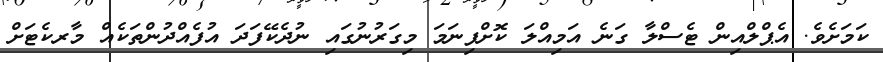
ކަމަށެވެ. އެޕްލްއިން ޓެސްލާ ގަނެ އަމިއްލަ ކޮށްފިނަމަ މިގަރުނުގައި ނުދެކޭފަދަ އުފެއްދުންތަކެއް މާރކެޓަށް